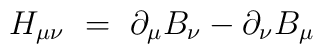
H_{\mu\nu} \ = \ \partial_\mu B_\nu - \partial_\nu B_\mu